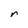
Character: r